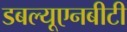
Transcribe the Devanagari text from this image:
डबल्यूएनबीटी